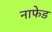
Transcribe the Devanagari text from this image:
नाफेड